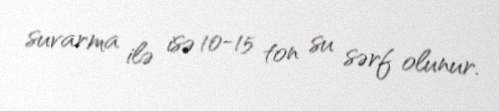
suvarma ilə isə 10-15 ton su sərf olunur.